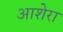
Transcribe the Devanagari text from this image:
आशेरा